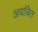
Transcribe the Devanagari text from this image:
अवत्रित